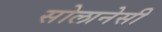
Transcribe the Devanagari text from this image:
सोलानेसी